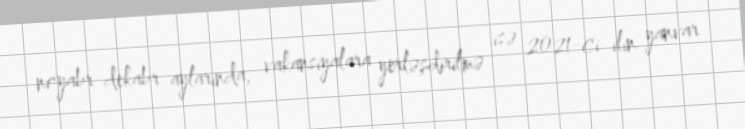
noyabr-dekabr aylarında, vakansiyalara yerləşdirilmə isə 2021-ci ilin yanvar